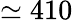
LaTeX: \simeq 410